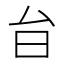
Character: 𭥎